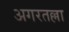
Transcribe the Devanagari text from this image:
अगरतल्ला